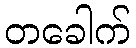
တခေါက်